Document type: Sale
Year: 1435
Scribe: Pere Soler
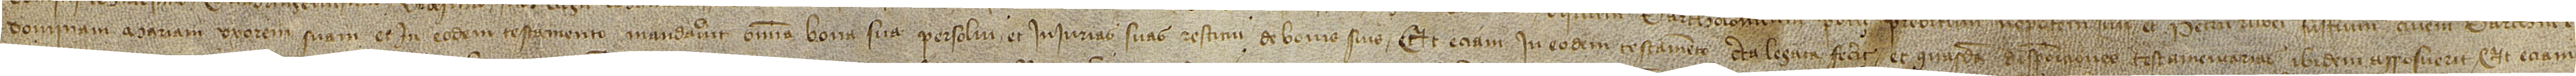
dominam Mariam, uxorem suam; et in eodem testamento mandaverit omnia bona sua persolvi et iniurias suas restitui de bonis suis; et etiam in eodem testamento certa legata fecit et quasdam disposiciones testamentarias ibidem apposuerit; et etiam